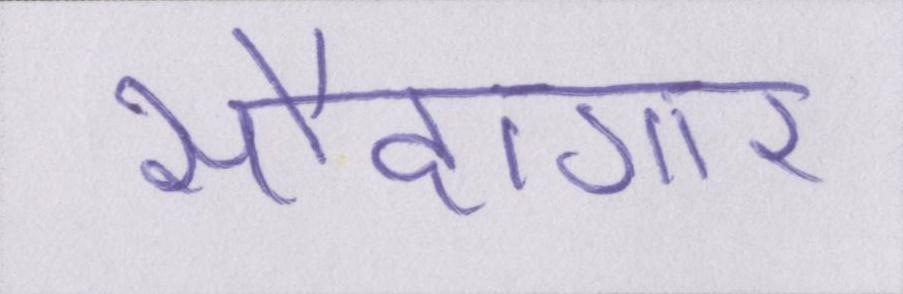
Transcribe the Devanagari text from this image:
सौदागार